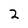
Character: 2